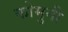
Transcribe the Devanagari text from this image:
कोमुनी